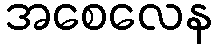
အစေလေန